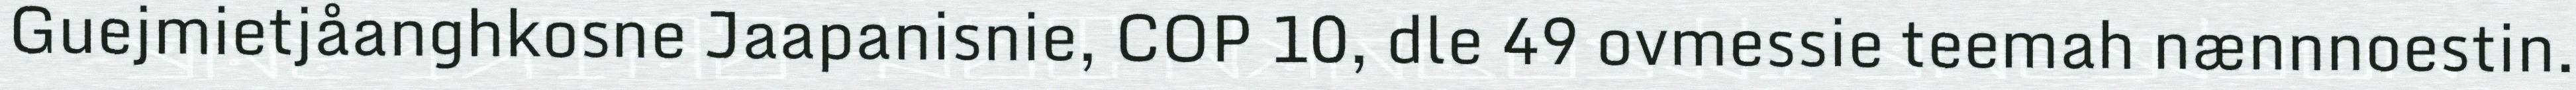
Guejmietjåanghkosne Jaapanisnie, COP 10, dle 49 ovmessie teemah nænnnoestin.